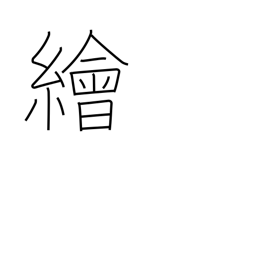
Meaning: painting